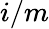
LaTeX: i/m